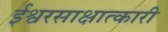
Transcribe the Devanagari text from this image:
ईश्वरसाक्षात्कारी